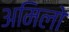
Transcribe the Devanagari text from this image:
अमिलो